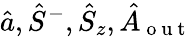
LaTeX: \hat{a},\hat{S}^{-},\hat{S}_{z},\hat{A}_{\mathrm{~o~u~t~}}